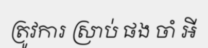
ត្រូវការ ស្រាប់ ផង ចាំ អី